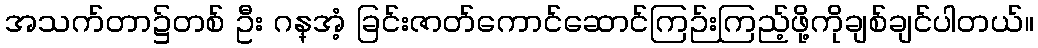
အသက်တာ၌တစ် ဦး ဂန္အံ့ ခြင်းဇာတ်ကောင်ဆောင်ကြဉ်းကြည့်ဖို့ကိုချစ်ချင်ပါတယ်။